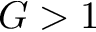
G > 1